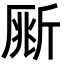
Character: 𣂥